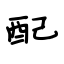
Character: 配